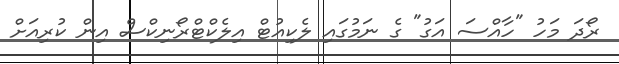
ރޯދަ މަހު "ހާއްސަ އަގު" ގެ ނަމުގައި ލެކިއުޓް އިލެކްޓްރޯނިކްސް އިން ކުރިއަށް